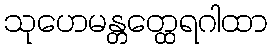
သုဟေမန္တတ္ထေရဂါထာ